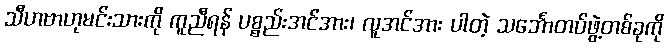
သီဟဗာဟုမင်းသားကို ကူညီရန် ပစ္စည်းအင်အား၊ လူအင်အား ပါတဲ့ သင်္ဘောတပ်ဖွဲ့တစ်ခုကို